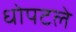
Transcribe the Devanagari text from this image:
धोपटले